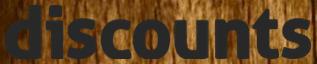
discounts